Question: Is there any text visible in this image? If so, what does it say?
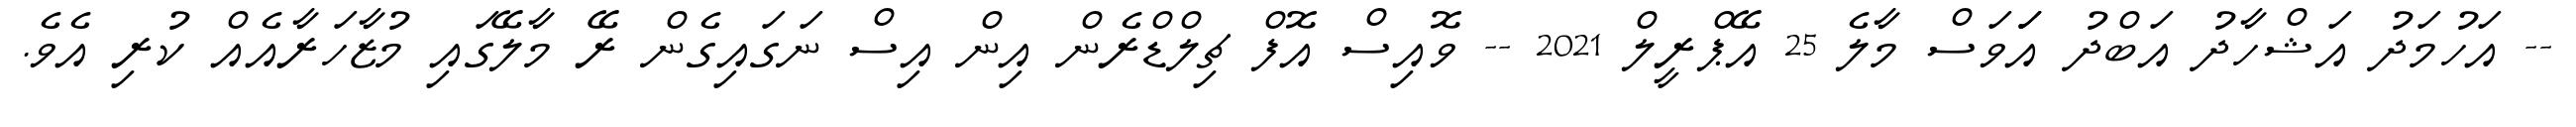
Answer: -- އަހުމަދު އަޝްހާދު އަބްދު އަަވަސް މާލެ 25 އޭޕްރީލް 2021 -- ވޮއިސް އޮފް ޗިލްޑްރެން އިން އިސް ނަގައިގެން ރޭ މާލޭގައި މުޒާހަރާއެއް ކުރި އެވެ.